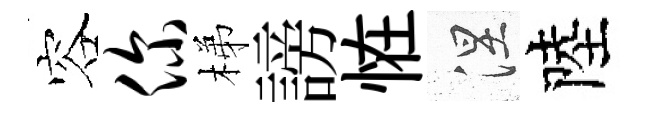
容你梯謗恠涅陸